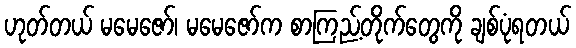
ဟုတ်တယ် မမေဇော်၊ မမေဇော်က စာကြည့်တိုက်တွေကို ချစ်ပုံရတယ်